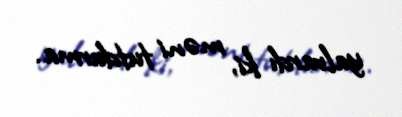
yalvardı ki, məni tutdurma.